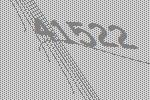
41522